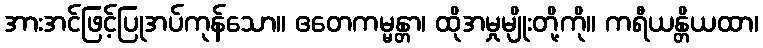
အားအင်ဖြင့်ပြုအပ်ကုန်သော။ ဧတေကမ္မန္တာ၊ ထိုအမှုမျိုးတို့ကို။ ကရီယန္တိယထာ၊